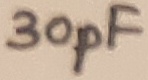
Text: 30pF